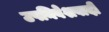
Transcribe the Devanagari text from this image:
उपनिवेशवादी